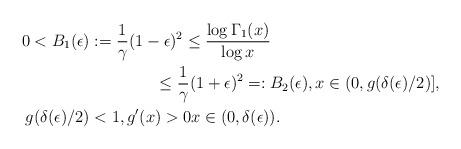
LaTeX: \begin{align*}0<B_1(\epsilon)&:=\frac{1}{\gamma}(1-\epsilon)^2 \leq\frac{\log \Gamma_1(x)}{\log x}\\&\qquad\qquad\leq \frac{1}{\gamma}(1+\epsilon)^2=:B_2(\epsilon),x\in(0,g(\delta(\epsilon)/2)], \\g(\delta(\epsilon)/2)&<1, g'(x)>0 x\in(0,\delta(\epsilon)).\end{align*}